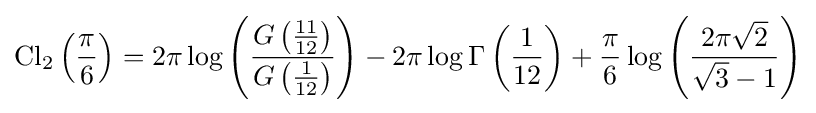
\operatorname {Cl} _{2}\left({\frac {\pi }{6}}\right)=2\pi \log \left({\frac {G\left({\frac {11}{12}}\right)}{G\left({\frac {1}{12}}\right)}}\right)-2\pi \log \Gamma \left({\frac {1}{12}}\right)+{\frac {\pi }{6}}\log \left({\frac {2\pi {\sqrt {2}}}{{\sqrt {3}}-1}}\right)